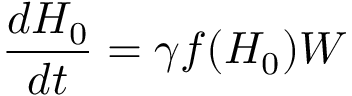
\frac { d H _ { 0 } } { d t } = \gamma f ( H _ { 0 } ) W